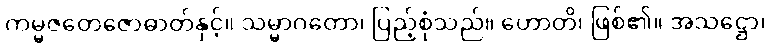
ကမ္မဇတေဇောဓာတ်နှင့်။ သမ္မာဂတော၊ ပြည့်စုံသည်။ ဟောတိ၊ ဖြစ်၏။ အသဋ္ဌော၊